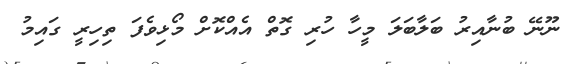
ނޫނޭ ބުނާއިރު ބަލާބަލަ މީހާ ހުރި ގޮތް އެއްކޮށް މޯޅިވެފަ ތިހިރީ ގައިމު